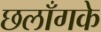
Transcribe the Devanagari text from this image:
छलाँगके